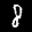
Label: 8